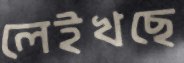
লেইখছে